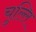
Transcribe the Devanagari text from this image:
चुल्लि